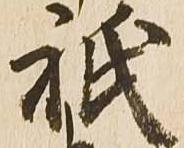
祇